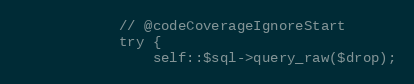
Language: PHP
			// @codeCoverageIgnoreStart
			try {
				self::$sql->query_raw($drop);